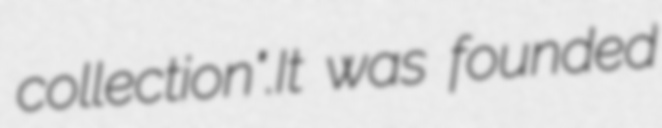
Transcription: collection".It was founded